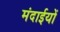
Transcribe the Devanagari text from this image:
मंदाईयों